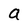
Character: a